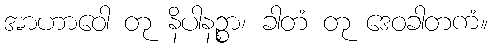
အာဟာဝေါ တု နိပါနဉ္စာ၊ ခါတံ တု ဒေဝခါတကံ။